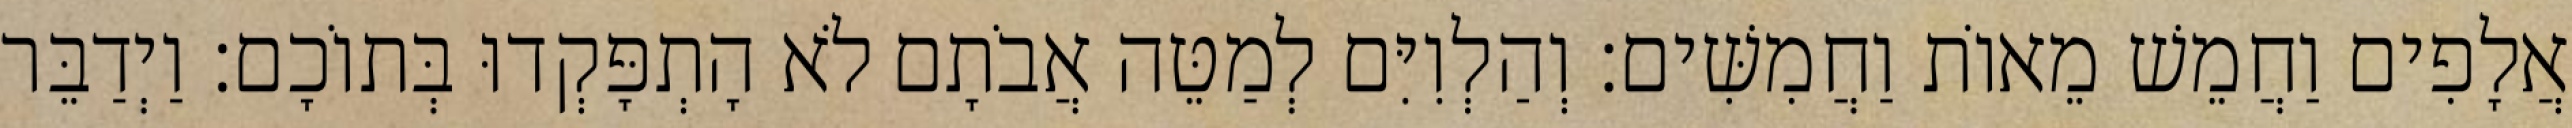
אֲלָפִים וַחֲמֵשׁ מֵאוֹת וַחֲמִשִּׁים׃ וְהַלְוִיִּם לְמַטֵּה אֲבֹתָם לֹא הָתְפָּקְדוּ בְּתוֹכָם׃ וַיְדַבֵּר